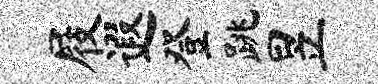
屐遐登跳昱